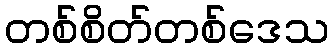
တစ်စိတ်တစ်ဒေသ